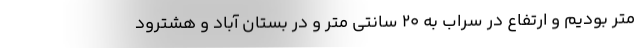
متر بودیم و ارتفاع در سراب به ۲۰ سانتی متر و در بستان آباد و هشترود